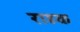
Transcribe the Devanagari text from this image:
राहक